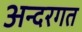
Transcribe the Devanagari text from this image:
अन्दरगत